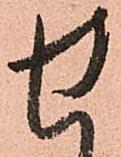
せ